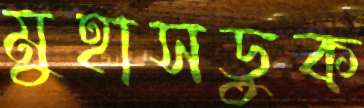
মুহাসড়ুক